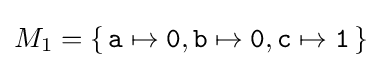
M_{1}=\{\,{\texttt {a}}\mapsto {\texttt {0}},{\texttt {b}}\mapsto {\texttt {0}},{\texttt {c}}\mapsto {\texttt {1}}\,\}